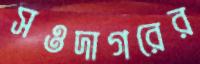
সওদাগরের